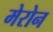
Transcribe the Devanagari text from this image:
मेरोन